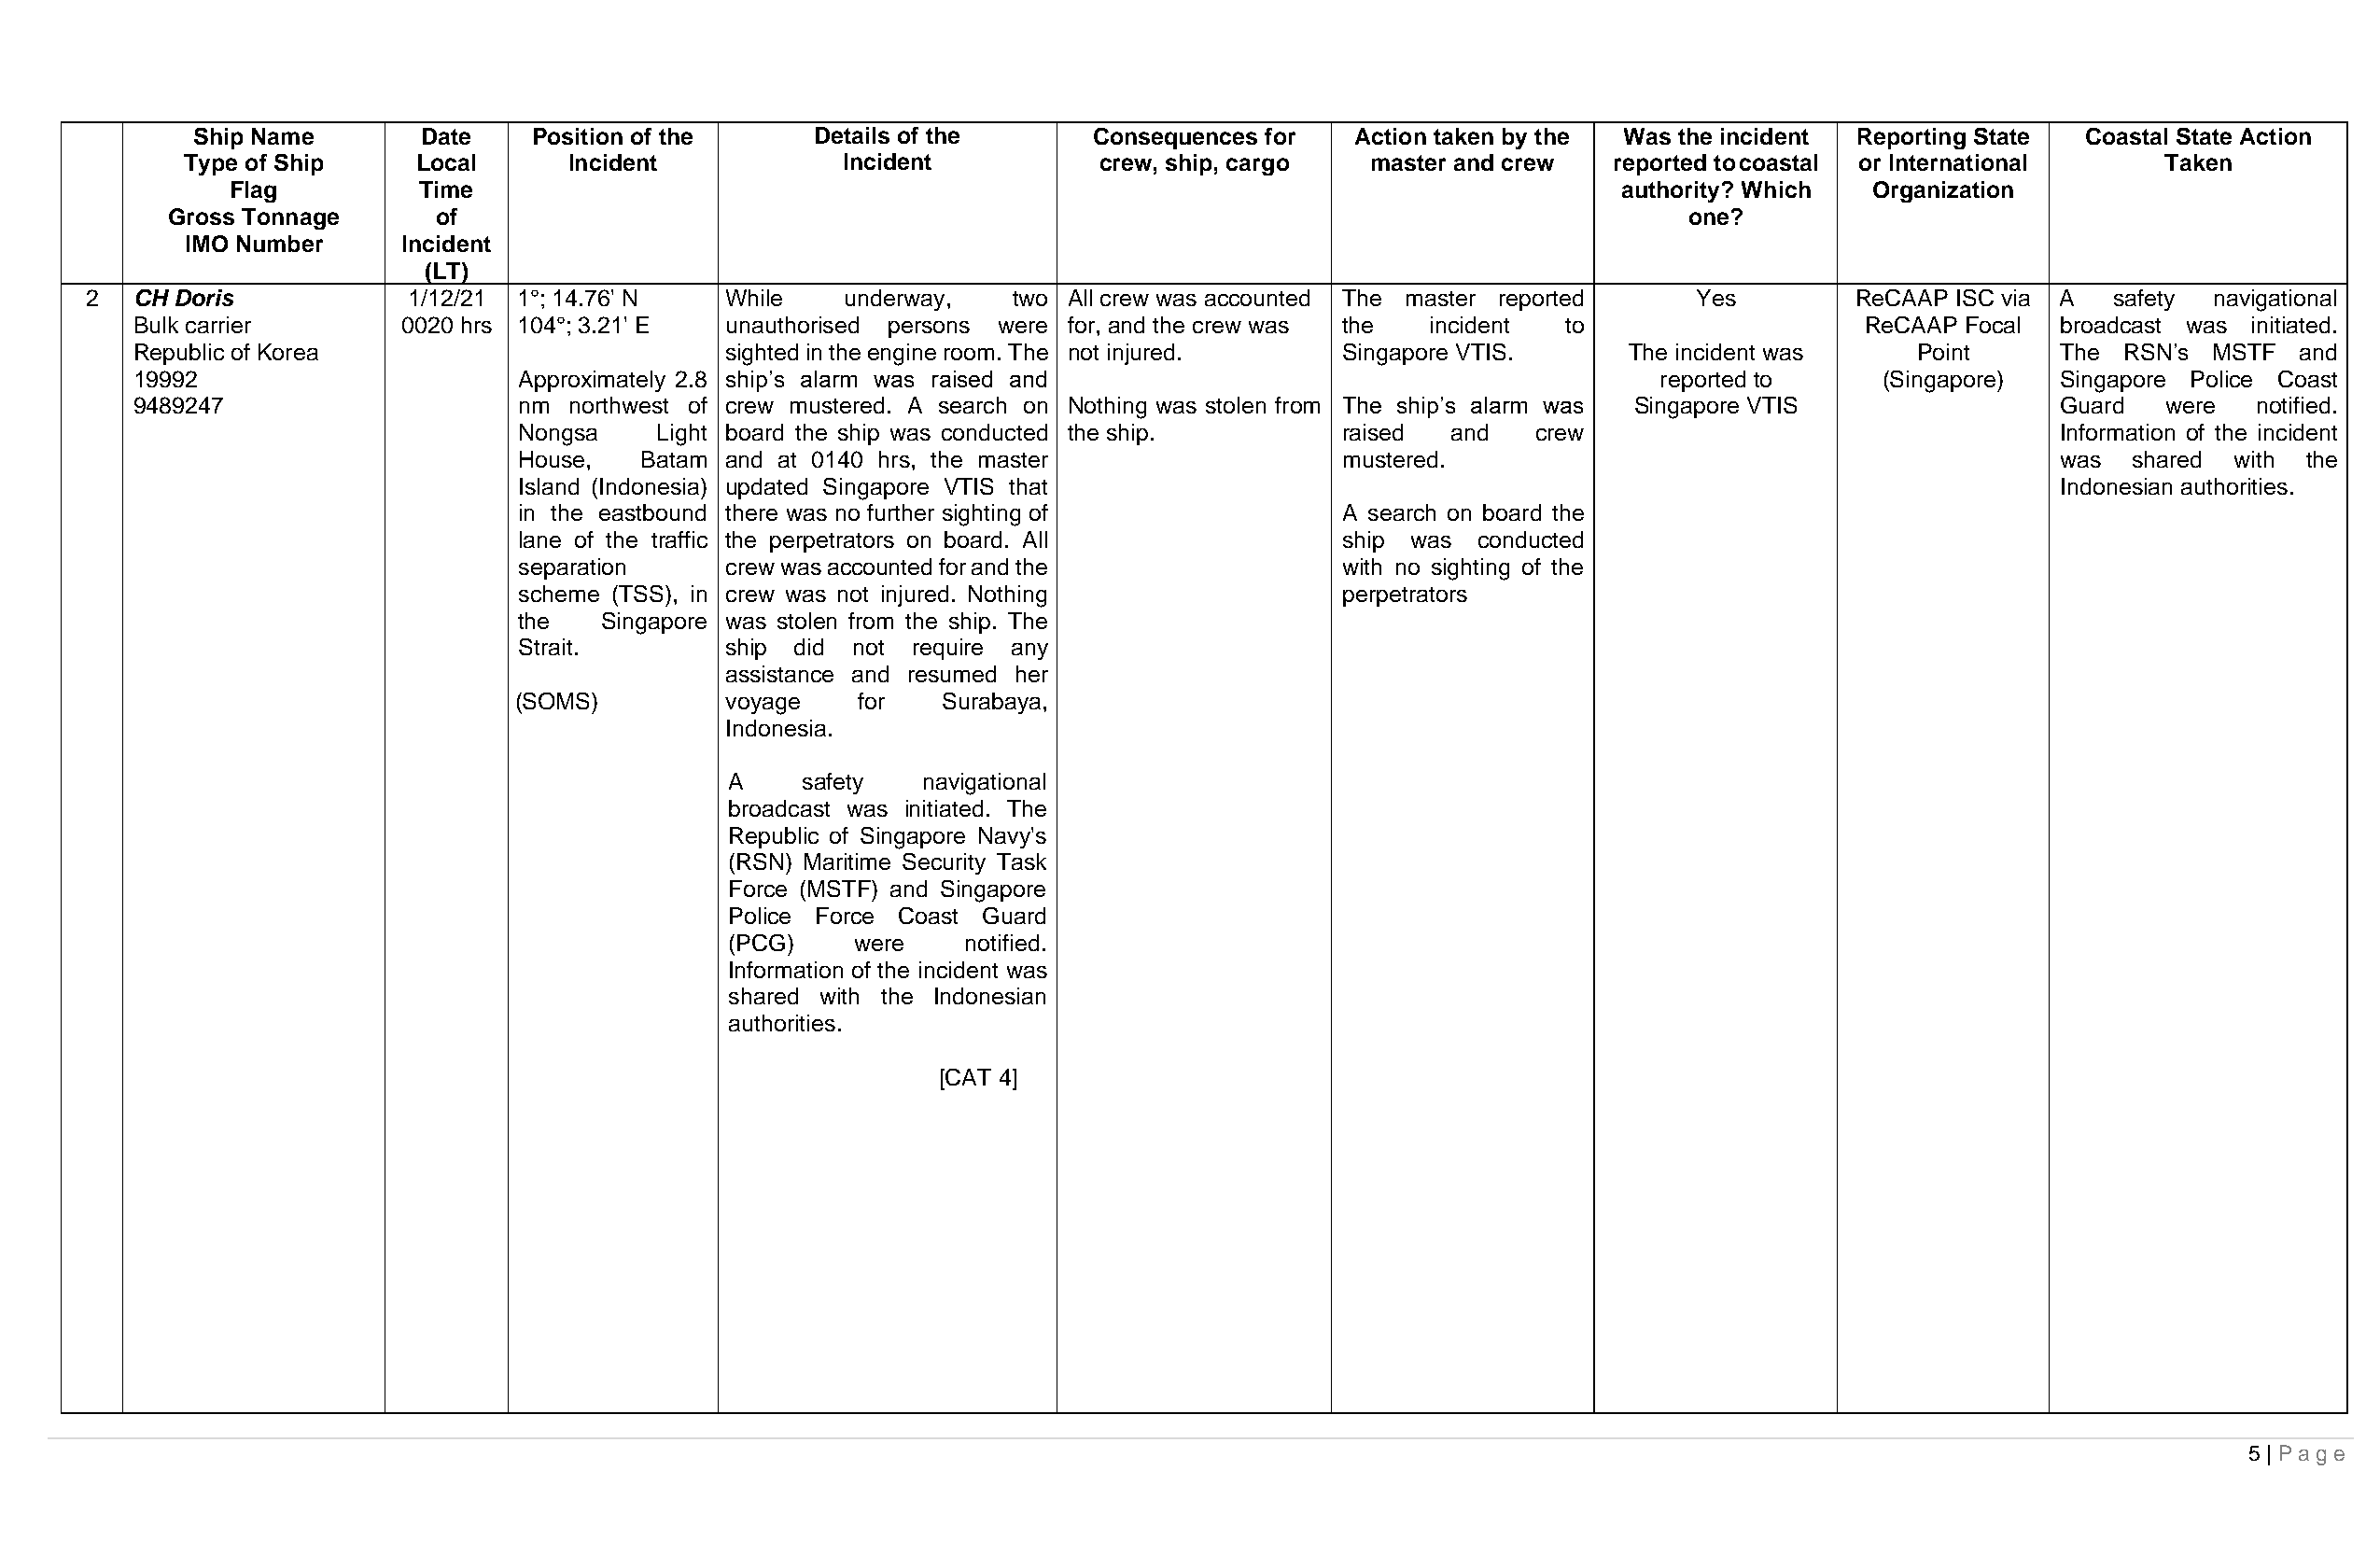
Ship Name       Date    Position of the     Details of the      Consequences for  Action taken by the Was the incident Reporting State Coastal State Action
 Type of Ship    Local      Incident            Incident          crew, ship, cargo  master and crew  reported to coastal or International    Taken
 Flag          Time                                                                                 authority? Which  Organization
 Gross Tonnage      of                                                                                       one?
 IMO Number     Incident
 (LT)
 2  CH Doris            1/12/21 1°; 14.76' N  While    underway,   two All crew was accounted The master reported  Yes         ReCAAP ISC via A  safety navigational
 Bulk carrier       0020 hrs 104°; 3.21' E unauthorised persons were for, and the crew was the incident to                  ReCAAP Focal  broadcast was initiated.
 Republic of Korea                         sighted in the engine room. The not injured. Singapore VTIS.     The incident was    Point     The  RSN’s MSTF  and
 19992                       Approximately 2.8 ship’s alarm was raised and                                    reported to     (Singapore) Singapore Police Coast
 9489247                     nm northwest of crew mustered. A search on Nothing was stolen from The ship’s alarm was Singapore VTIS       Guard   were  notified.
 Nongsa    Light board the ship was conducted the ship.    raised  and   crew                                 Information of the incident
 House,  Batam and at 0140 hrs, the master                 mustered.                                          was  shared with  the
 Island (Indonesia) updated Singapore VTIS that                                                               Indonesian authorities.
 in the eastbound there was no further sighting of         A search on board the
 lane of the traffic the perpetrators on board. All        ship was  conducted
 separation    crew was accounted for and the              with no sighting of the
 scheme (TSS), in crew was not injured. Nothing            perpetrators
 the   Singapore was stolen from the ship. The
 Strait.       ship did not  require any
 assistance and resumed her
 (SOMS)        voyage    for   Surabaya,
 Indonesia.
 A    safety  navigational
 broadcast was initiated. The
 Republic of Singapore Navy's
 (RSN) Maritime Security Task
 Force (MSTF) and Singapore
 Police Force Coast Guard
 (PCG)    were   notified.
 Information of the incident was
 shared with the Indonesian
 authorities.
 [CAT 4]
 5 | Page